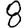
Digit: 8